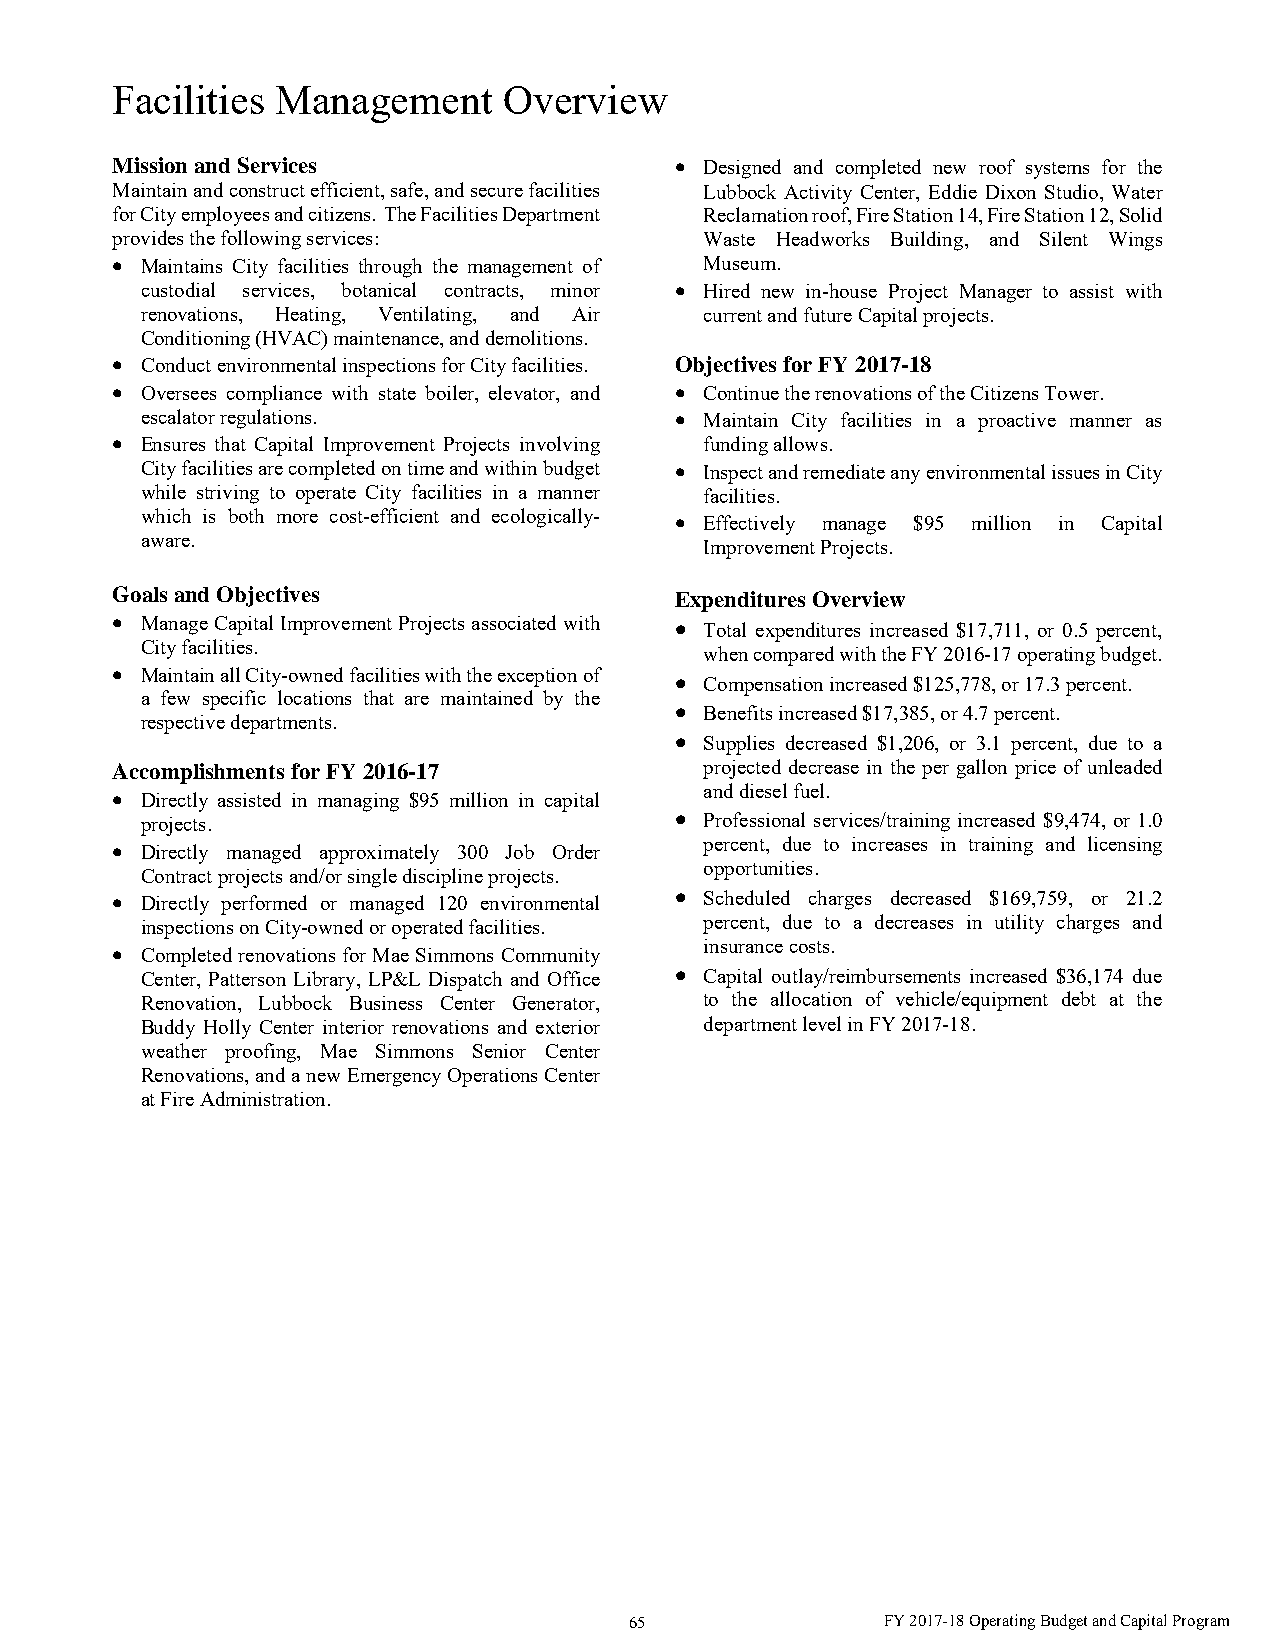
Facilities Management     Overview
 Mission and Services                   Designed and completed new roof systems for the
 Maintain and construct efficient, safe, and secure facilities Lubbock Activity Center, Eddie Dixon Studio, Water
 for City employees and citizens. The Facilities Department Reclamation roof, Fire Station 14, Fire Station 12, Solid
 provides the following services:        Waste Headworks Building, and Silent Wings
  Maintains City facilities through the management of Museum.
 custodial services, botanical contracts, minor  Hired new in-house Project Manager to assist with
 renovations, Heating, Ventilating, and Air current and future Capital projects.
 Conditioning (HVAC) maintenance, and demolitions.
  Conduct environmental inspections for City facilities. Objectives for FY 2017-18
  Oversees compliance with state boiler, elevator, and  Continue the renovations of the Citizens Tower.
 escalator regulations.               Maintain City facilities in a proactive manner as
  Ensures that Capital Improvement Projects involving funding allows.
 City facilities are completed on time and within budget  Inspect and remediate any environmental issues in City
 while striving to operate City facilities in a manner facilities.
 which is both more cost-efficient and ecologically-  Effectively manage $95 million in Capital
 aware.
 Improvement Projects.
 Goals and Objectives                  Expenditures Overview
  Manage Capital Improvement Projects associated with  Total expenditures increased $17,711, or 0.5 percent,
 City facilities.
 when compared with the FY 2016-17 operating budget.
  Maintain all City-owned facilities with the exception of  Compensation increased $125,778, or 17.3 percent.
 a few specific locations that are maintained by the
  Benefits increased $17,385, or 4.7 percent.
 respective departments.
  Supplies decreased $1,206, or 3.1 percent, due to a
 Accomplishments for FY 2016-17          projected decrease in the per gallon price of unleaded
  Directly assisted in managing $95 million in capital and diesel fuel.
 projects.                            Professional services/training increased $9,474, or 1.0
  Directly managed approximately 300 Job Order percent, due to increases in training and licensing
 opportunities.
 Contract projects and/or single discipline projects.
  Directly performed or managed 120 environmental  Scheduled charges decreased $169,759, or 21.2
 inspections on City-owned or operated facilities. percent, due to a decreases in utility charges and
  Completed renovations for Mae Simmons Community insurance costs.
 Center, Patterson Library, LP&L Dispatch and Office  Capital outlay/reimbursements increased $36,174 due
 Renovation, Lubbock Business Center Generator, to the allocation of vehicle/equipment debt at the
 Buddy Holly Center interior renovations and exterior department level in FY 2017-18.
 weather proofing, Mae Simmons Senior Center
 Renovations, and a new Emergency Operations Center
 at Fire Administration.
 65               FY 2017-18 Operating Budget and Capital Program